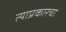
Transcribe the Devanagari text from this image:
त्याप्रकारचा